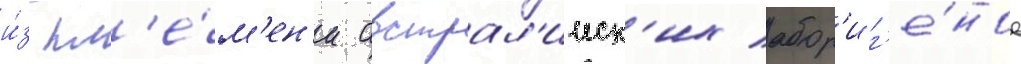
и́з пл'е́м'ен'и австрал'ииск'их абор'иг'е́нов